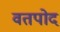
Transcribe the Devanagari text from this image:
वतपोद